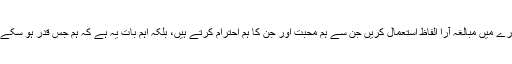
اس لیے اس بات کی کوئی اہمیت نہیں کہ ہم ان اشخاص کے بارے میں مبالغہ آرا الفاظ استعمال کریں جن سے ہم محبت اور جن کا ہم احترام کرتے ہیں، بلکہ اہم بات یہ ہے کہ ہم جس قدر ہو سکے ان کے رستے پر چلیں اور ان کے ہر ہر قدم کی پیروی کریں۔